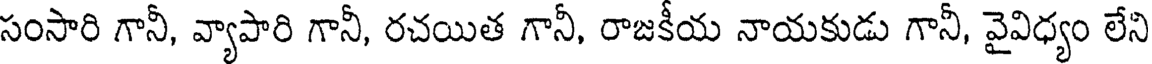
సంసారి గానీ, వ్యాపారి గానీ, రచయిత గానీ, రాజకీయ నాయకుడు గానీ, వైవిధ్యం లేని